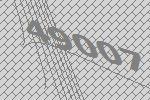
49007